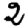
Digit: 2